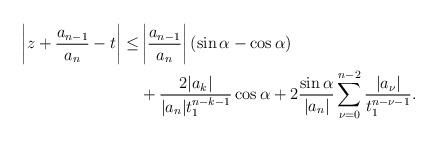
LaTeX: \begin{align*}\left|z+\dfrac{a_{n-1}}{a_n}-t\right|\leq&\left|\dfrac{a_{n-1}}{a_n}\right|(\sin\alpha-\cos\alpha)\\&+\dfrac{2|a_k|}{|a_n|t_1^{n-k-1}}\cos\alpha+2\dfrac{\sin\alpha}{|a_n|}\sum\limits_{\nu=0}^{n-2}\dfrac{|a_{\nu}|}{t_1^{n-\nu-1}}.\end{align*}